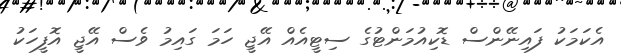
އެކަމަކު ފައިނޭންސް ޑޮކިއުމަންޓުގެ ސިޓީއެއް އޭޖީ ހަމަ ގައިމު ވެސް އޭޖީ އޮފީހަކު